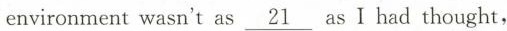
environment wasn't as\underline{21 }as I had thought，